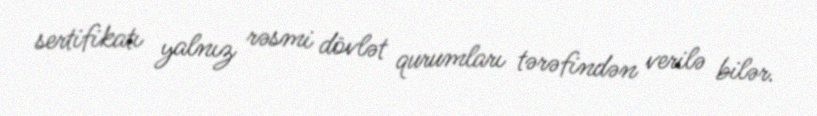
sertifikatı yalnız rəsmi dövlət qurumları tərəfindən verilə bilər.